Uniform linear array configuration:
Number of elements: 8
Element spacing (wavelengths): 1
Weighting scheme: exponential
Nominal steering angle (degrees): -15
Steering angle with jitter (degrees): -13.388
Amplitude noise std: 0.05
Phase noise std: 0.05

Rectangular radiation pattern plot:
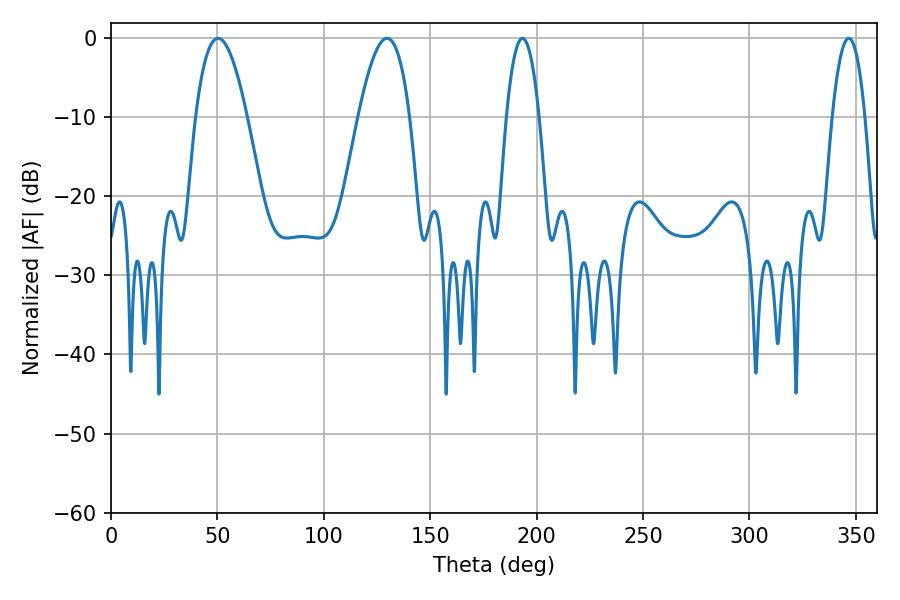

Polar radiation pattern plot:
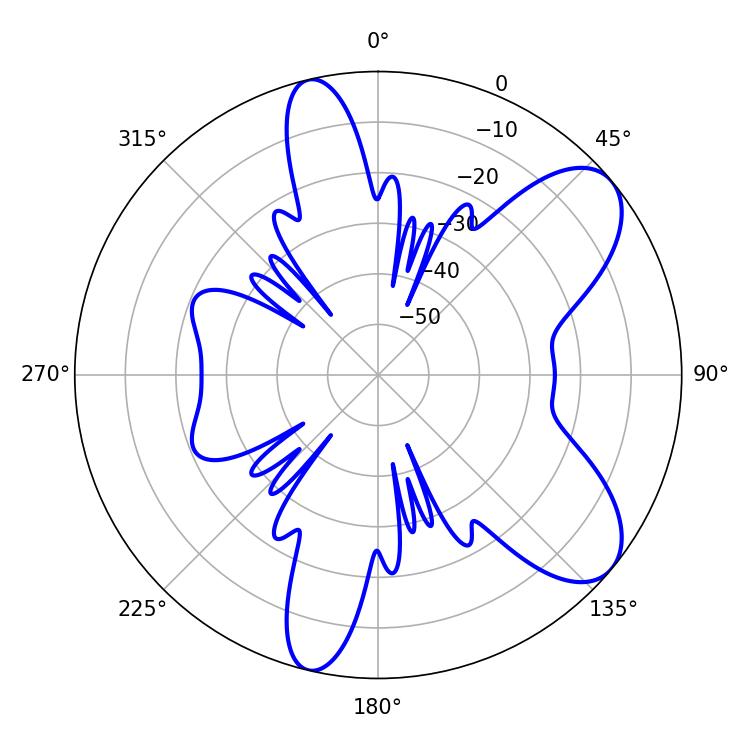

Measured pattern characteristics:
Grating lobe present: TRUE
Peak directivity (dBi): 8.098
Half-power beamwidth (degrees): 8.46
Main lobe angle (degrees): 193.32